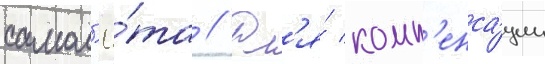
самол'ё́та // Дл'я́ комп'енса́ции